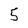
Character: 5